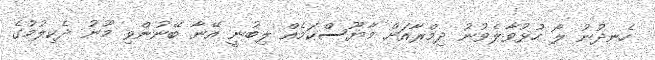
ހެނދުނު ލޯ ހުޅުވާލެވުނު ދިމްރާއަށް މާޔޫސްކަމެއް ލިބުނީ އޭނާ ބޭނުންވި މޫނު ދެކިލުމުގެ